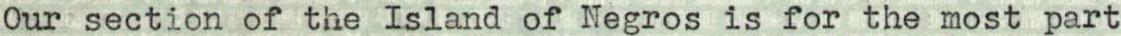
Our section of the Island of Negros is for the most part